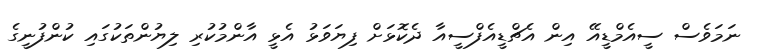
ނަމަވެސް ސީއެމްޑީއޭ އިން އެޗްޑީއެފްސީއާ ދެކޮޅަށް ފިޔަވަޅު އެޅީ އާންމުކުރި ލިޔުންތަކުގައި ކުންފުނީގެ